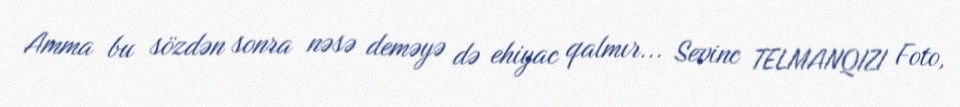
Amma bu sözdən sonra nəsə deməyə də ehiyac qalmır... Sevinc TELMANQIZI Foto,